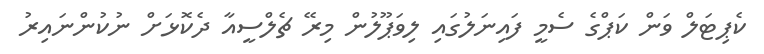
ކެޕިޓަލް ވަން ކަޕްގެ ސެމީ ފައިނަލުގައި ލިވަޕޫލުން މިރޭ ޗެލްސީއާ ދެކޮޅަށް ނުކުންނައިރު